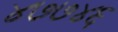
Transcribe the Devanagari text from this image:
४७७४६